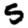
Digit: 5